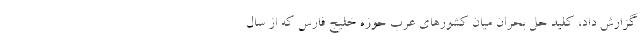
گزارش داد، کلید حل بحران میان کشورهای عرب حوزه خلیج فارس که از سال